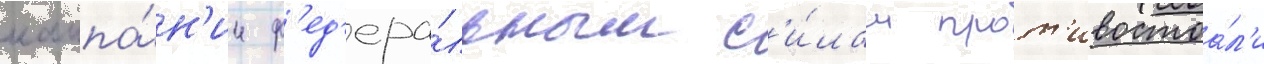
кампа́н'ии ф'ед'ера́льным с'и́лам прот'ивостоа́л'и